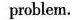
problem.